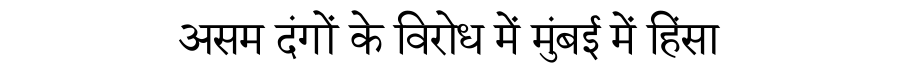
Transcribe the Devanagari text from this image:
असम दंगों के विरोध में मुंबई में हिंसा